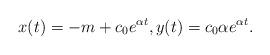
LaTeX: \begin{align*}x(t) = -m + c_0 e^{\alpha t},y(t) = c_0 \alpha e^{\alpha t}.\end{align*}